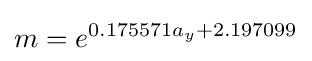
m=e^{0.175571a_{y}+2.197099}